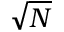
\sqrt N